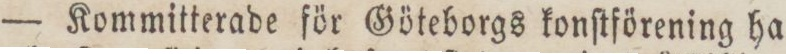
— Kommitterade för Göteborgs konſtförening ha